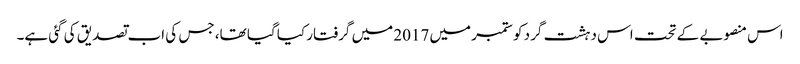
اس منصوبے کے تحت اس دہشت گرد کو ستمبر میں 2017 میں گرفتار کیا گیا تھا، جس کی اب تصدیق کی گئی ہے۔